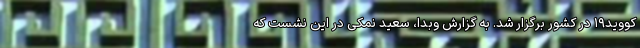
کووید۱۹ در کشور برگزار شد. به گزارش وبدا، سعید نمکی در این نشست که